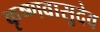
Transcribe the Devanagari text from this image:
कृष्णवासुदेव